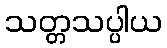
သတ္တသပ္ပါယ